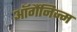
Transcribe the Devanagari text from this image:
ऑर्गैनिज्म